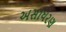
અસાધરણ